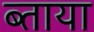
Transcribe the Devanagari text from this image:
ब्ताया